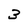
Character: 3